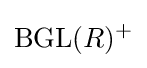
\mathrm {BGL} (R)^{+}